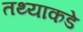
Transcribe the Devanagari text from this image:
तथ्याकडे